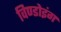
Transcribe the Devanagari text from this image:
विण्डोइंग